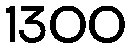
1300